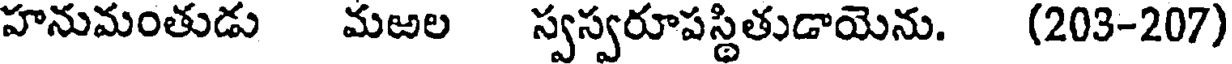
హనుమంతుడు మఱల స్వస్వరూపస్థితుడాయెను. (203-207)